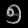
Digit: ၅